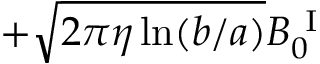
+ \sqrt { 2 \pi \eta \ln ( b / a ) } B _ { 0 } ^ { \mathrm { ~ I ~ } }